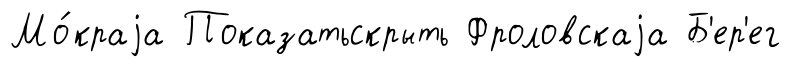
Мо́краjа Показатьскрыть Фроловскаjа Б'ер'ег